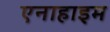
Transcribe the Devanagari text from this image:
एनाहाइम